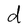
Character: d